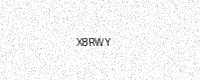
Text: X8RWY